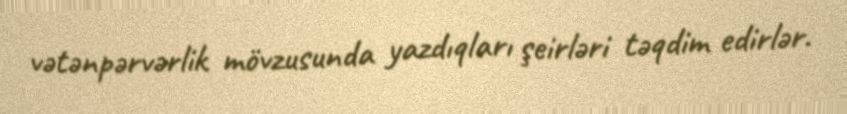
vətənpərvərlik mövzusunda yazdıqları şeirləri təqdim edirlər.